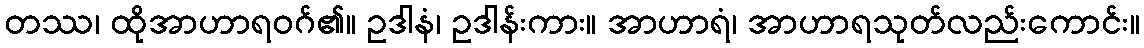
တဿ၊ ထိုအာဟာရဝဂ်၏။ ဥဒါနံ၊ ဥဒါန်းကား။ အာဟာရံ၊ အာဟာရသုတ်လည်းကောင်း။